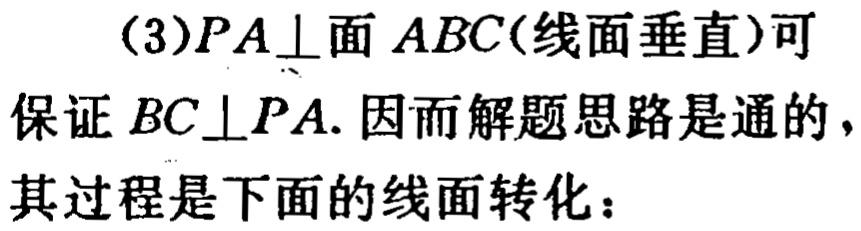
(3)$PA\perp 面ABC(线面垂直)可$

保证$BC\perp PA.$ 因而解题思路是通的，

其过程是下面的线面转化：